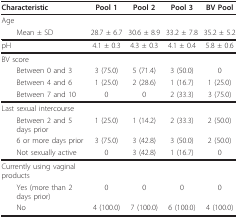
<table><thead><tr><td><b>Characteristic</b></td><td><b>Pool 1</b></td><td><b>Pool 2</b></td><td><b>Pool 3</b></td><td><b>BV Pool</b></td></tr></thead><tbody><tr><td>Age</td><td></td><td></td><td></td><td></td></tr><tr><td> Mean ± SD</td><td>28.7 ± 6.7</td><td>30.6 ± 8.9</td><td>33.2 ± 7.8</td><td>35.2 ± 5.2</td></tr><tr><td>pH</td><td>4.1 ± 0.3</td><td>4.3 ± 0.3</td><td>4.1 ± 0.4</td><td>5.8 ± 0.6</td></tr><tr><td>BV score</td><td></td><td></td><td></td><td></td></tr><tr><td> Between 0 and 3</td><td>3 (75.0)</td><td>5 (71.4)</td><td>3 (50.0)</td><td>0</td></tr><tr><td> Between 4 and 6</td><td>1 (25.0)</td><td>2 (28.6)</td><td>1 (16.7)</td><td>1 (25.0)</td></tr><tr><td> Between 7 and 10</td><td>0</td><td>0</td><td>2 (33.3)</td><td>3 (75.0)</td></tr><tr><td>Last sexual intercourse</td><td></td><td></td><td></td><td></td></tr><tr><td> Between 2 and 5 days prior</td><td>1 (25.0)</td><td>1 (14.2)</td><td>2 (33.3)</td><td>2 (50.0)</td></tr><tr><td> 6 or more days prior</td><td>3 (75.0)</td><td>3 (42.8)</td><td>3 (50.0)</td><td>2 (50.0)</td></tr><tr><td> Not sexually active</td><td>0</td><td>3 (42.8)</td><td>1 (16.7)</td><td>0</td></tr><tr><td>Currently using vaginal products</td><td></td><td></td><td></td><td></td></tr><tr><td> Yes (more than 2 days prior)</td><td>0</td><td>0</td><td>0</td><td>0</td></tr><tr><td> No</td><td>4 (100.0)</td><td>7 (100.0)</td><td>6 (100.0)</td><td>4 (100.0)</td></tr></tbody></table>